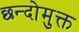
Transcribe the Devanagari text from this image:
छन्दोमुक्त